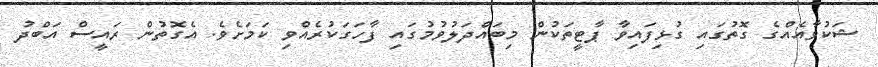
ޝަކުވާއެއްގެ ގޮތުގައި ގުޅިފައިވާ ޕާޓީތަކުން މިބައްދަލުވުމުގައި ފާހަގަކުރެއްވި ކަމަށެވެ. އެގޮތުން ރައީސް އަބްދު